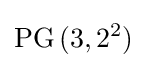
\operatorname {PG} {(3,2^{2})}